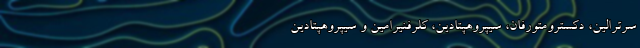
سرترالین، دکسترومتورفان، سیپروهپتادین، کلرفنیرامین و سیپروهپتادین